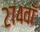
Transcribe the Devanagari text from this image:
२७४वाँ